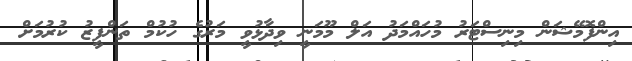
އިންފޮމޭޝަން މިނިސްޓަރު މުހައްމަދު އަލް މޫމަނީ ވިދާޅުވީ މަރުގެ ހުކުމް ތަންފީޒު ކުރުމަށް